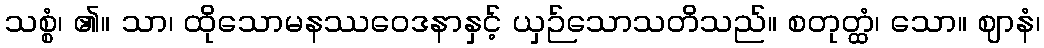
သစ္စံ၊ ၏။ သာ၊ ထိုသောမနဿဝေဒနာနှင့် ယှဉ်သောသတိသည်။ စတုတ္ထံ၊ သော။ ဈာနံ၊